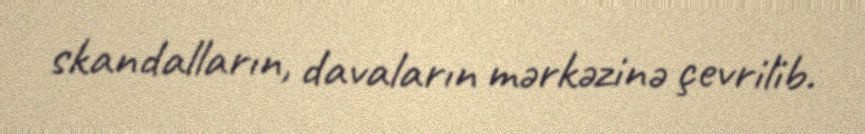
skandalların, davaların mərkəzinə çevrilib.